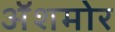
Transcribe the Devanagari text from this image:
अॅशमोर